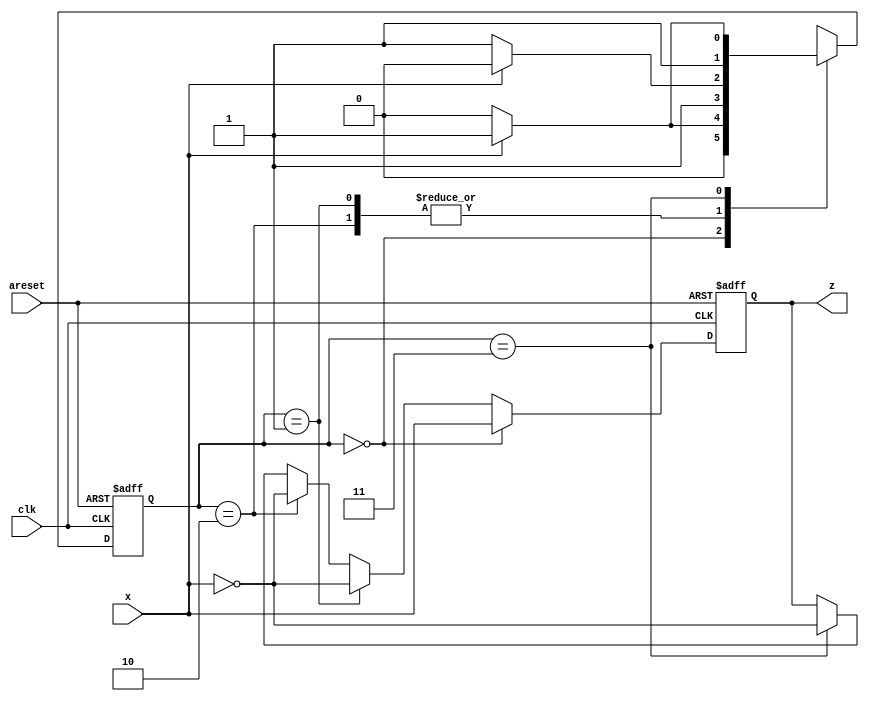
module top_module (
    input clk,
    input areset,
    input x,
    output z
); 
    parameter A = 0, B = 1, C = 2, D = 3;
    reg [1:0] state, next_state;
 
    always @(*) begin
        case (state)
            A: next_state = x ? B : A;
            B: next_state = x ? C : D;
            C: next_state = x ? C : D;
            D: next_state = x ? D : C;
        endcase
    end
    always @(posedge clk or posedge areset) begin
        if (areset) begin
           state <= A; 
        end else begin
           state <= next_state; 
        end
    end
    always @(posedge clk or posedge areset) begin
        if (areset) begin
           z <= 0; 
        end else if (state == A) begin
           z <= x; 
        end else if (state == B) begin
           z <= ~x; 
        end else if (state == C) begin
           z <= ~x;
        end else if (state == D) begin
           z <= ~x;
        end
    end
endmodule